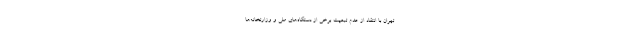
تهران با انتقاد از عدم تبعیت برخی از دستگاه‌های ملی و وزارتخانه‌ها